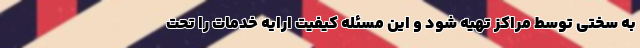
به سختی توسط مراکز تهیه شود و این مسئله کیفیت ارایه خدمات را تحت